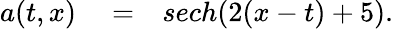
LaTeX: \begin{array}{rlr}{a(t,x)}&{{}=}&{sech(2(x-t)+5).}\end{array}